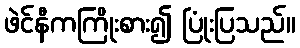
ဖဲင်နီကကြိုးစား၍ ပြုံးပြသည်။